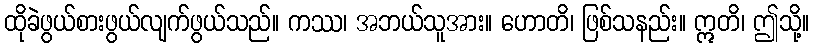
ထိုခဲဖွယ်စားဖွယ်လျက်ဖွယ်သည်။ ကဿ၊ အဘယ်သူအား။ ဟောတိ၊ ဖြစ်သနည်း။ ဣတိ၊ ဤသို့။